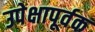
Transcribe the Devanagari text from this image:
उपेक्षापूर्वक